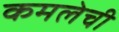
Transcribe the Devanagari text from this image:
कमलेची